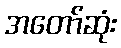
အတော်ဆုံး